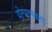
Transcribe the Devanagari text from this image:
योगात्मकता